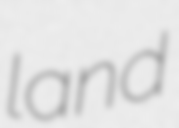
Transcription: land